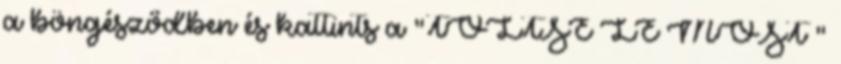
a böngésződben és kattints a "TÖLTSE LE MOST "